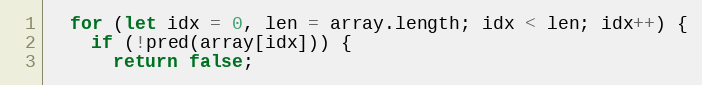
Language: JavaScript
  for (let idx = 0, len = array.length; idx < len; idx++) {
    if (!pred(array[idx])) {
      return false;